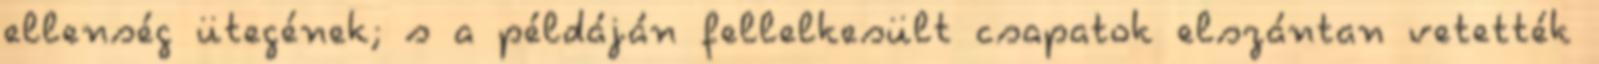
ellenség ütegének; s a példáján fellelkesült csapatok elszántan vetették